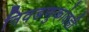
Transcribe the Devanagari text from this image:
निवडणुकांतही